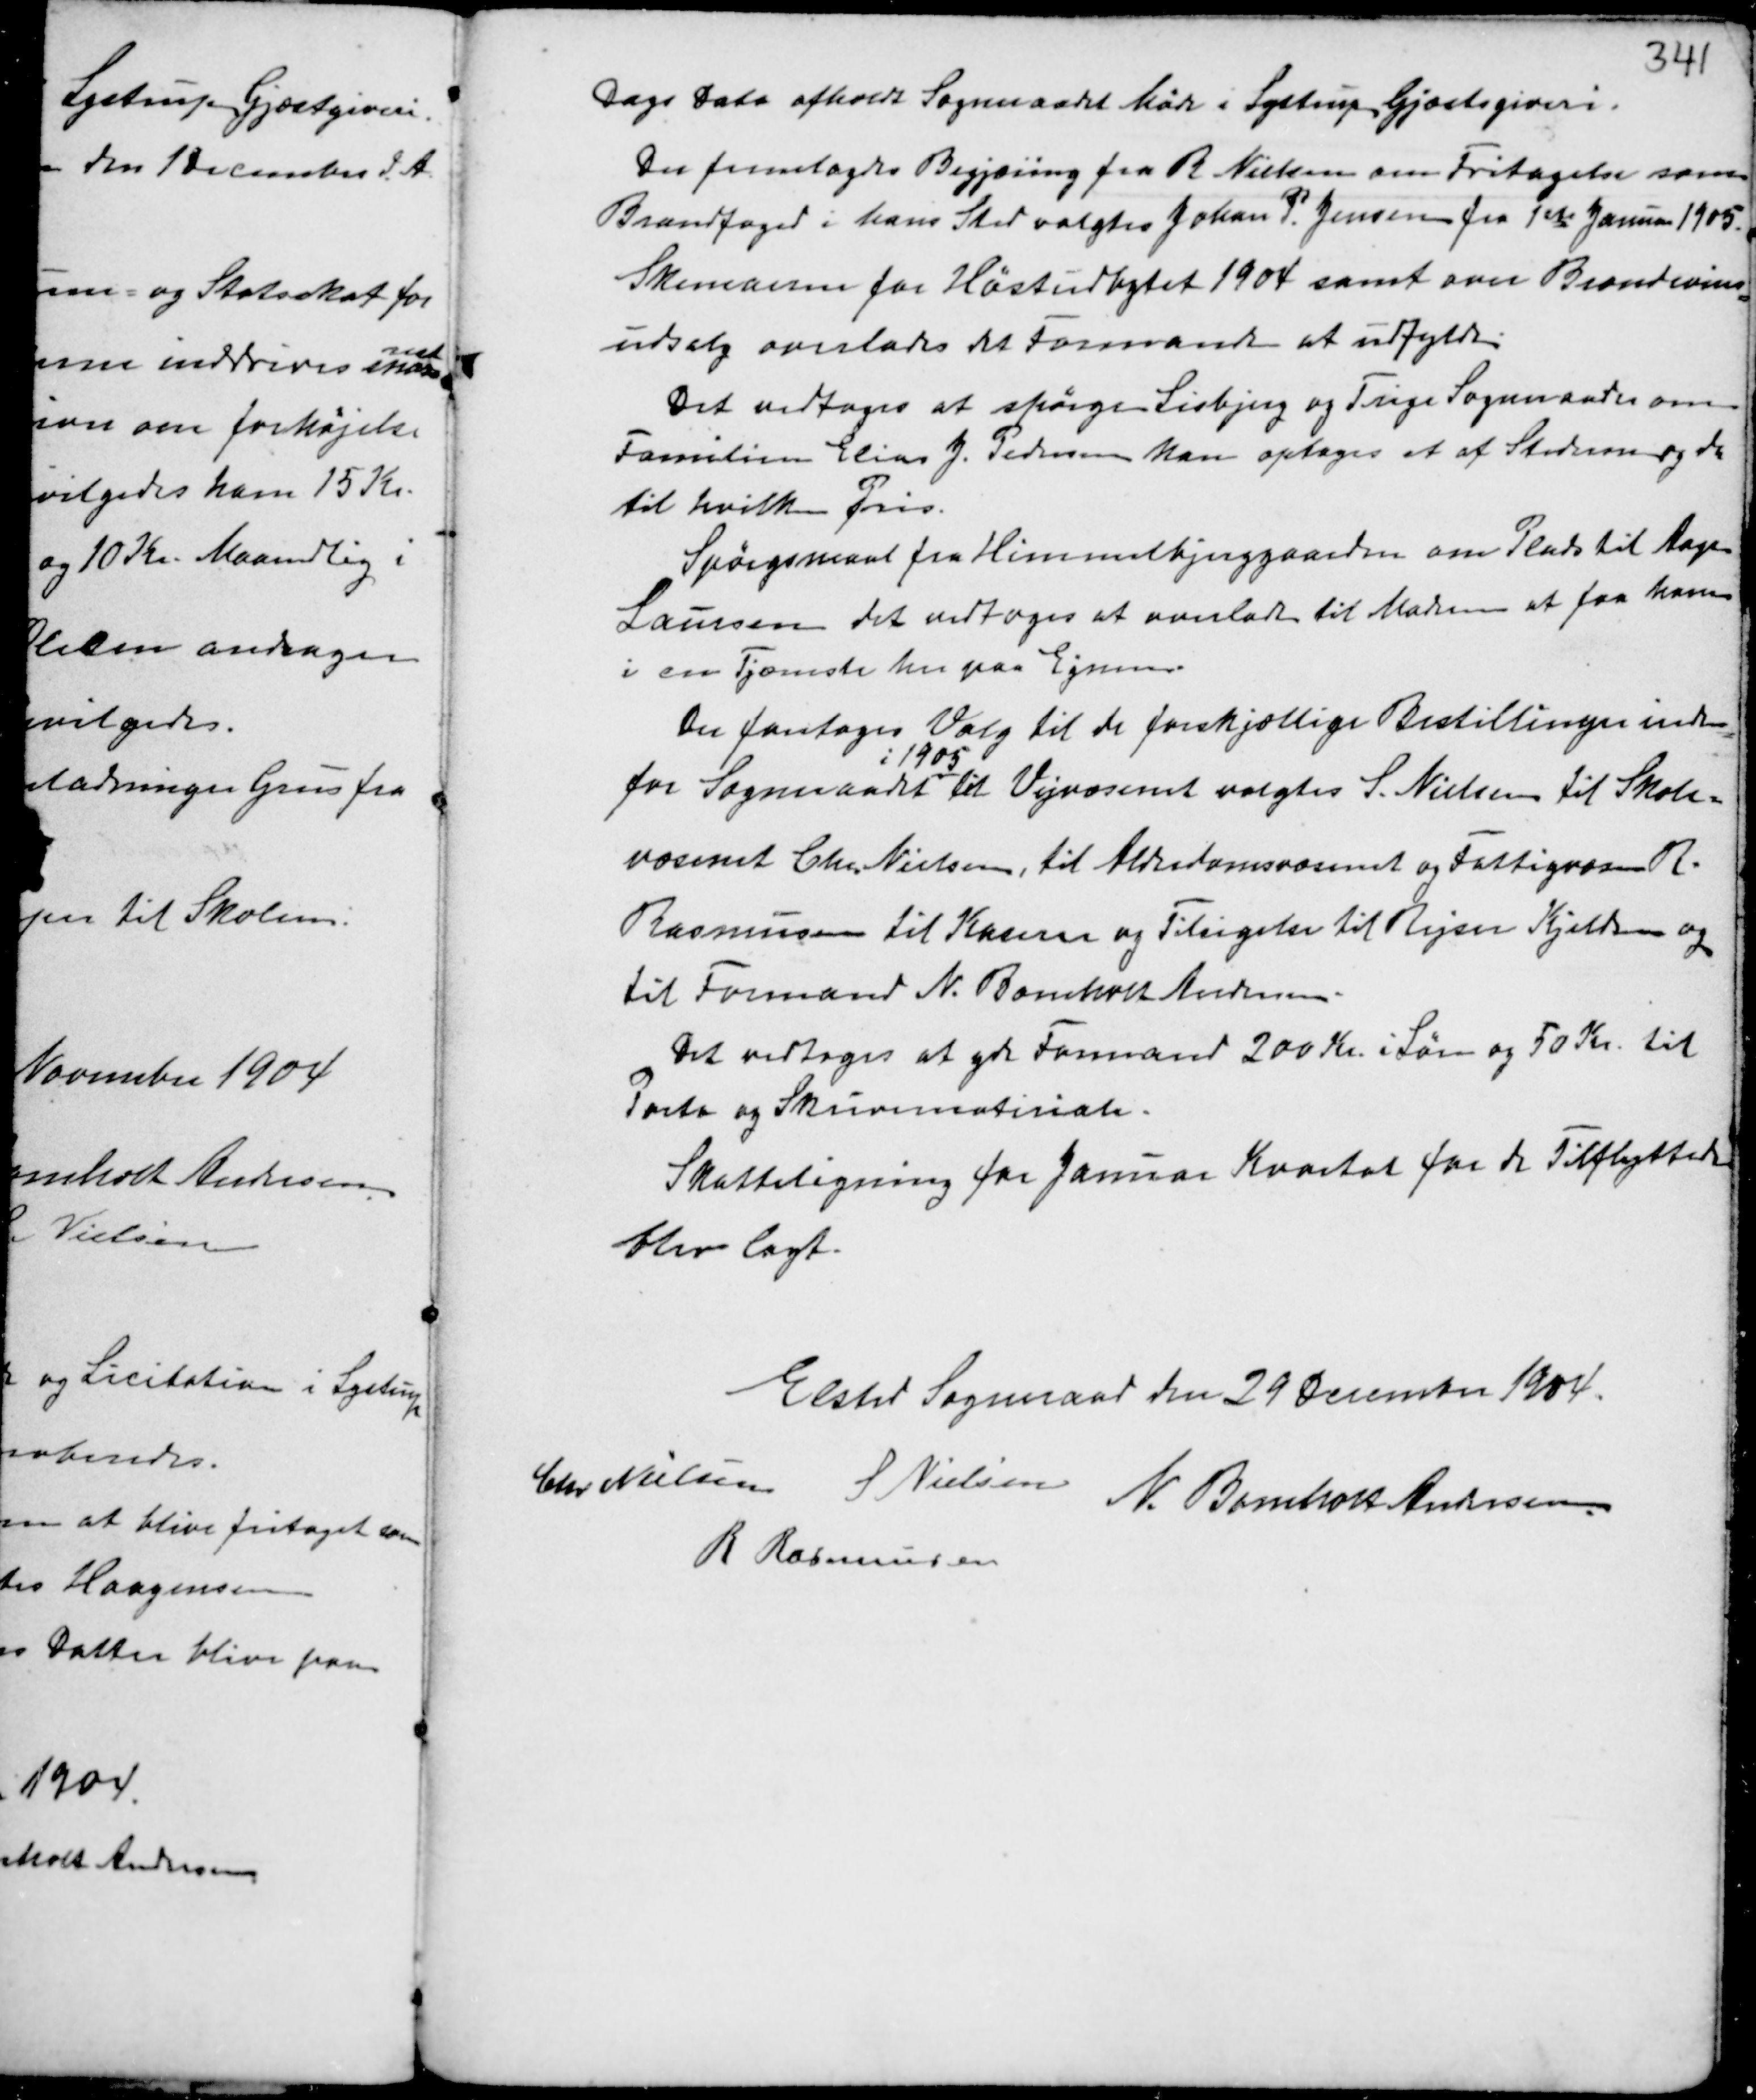
Transskription:
Dags Dato afholdt Sogneraadet Møde i Lystrup Gjæstgiveri.
Der fremlagdes Begjæring fra R Nielsen om Fritagelse som
Brandfoged i hans Sted valgtes Johan P. Jensen fra 1ste Januar 1905.
Skemaerne for Høstudbytet 1904 samt over Brændevins-
udsalg overlades det Formanden at udfylde.
Det vedtoges at spørge Lisbjerg og Trige Sogneraades om
Familien Elias J. Pedersen kan optages et af Stederne og da
til hvilken Pris.
Spørgsmaal fra Himmelbjerggaarden om Plads til Aage
Laursen det vedtoges at overlade til Madsen at faa ham
i sin Tjeneste her paa Egnen.
Der foretoges Valg til de forskjellige Bestillinger inden
for Sogneraadet
i 1905
til Vejvæsenet valgtes S. Nielsen til Skole-
væsenet Chr. Nielsen, til Alderdomsvæsenet og Fattigvæsen R.
Rasmussen til Kaserer og Tilsigelse til Rejser Kjeldsen og
til Formand N. Bomholt Andersen.
Det vedtoges at yde Formand 200 Kr. i Løn og 50 Kr. til
Porto og Skrivemateriale.
Skatteligning for Januar Kvartal for de Tilflyttede
blev lagt.

Elsted Sogneraad den 29 December 1904.
Chr Nielsen S Nielsen
N. Bomholt Andersen
R Rasmussen